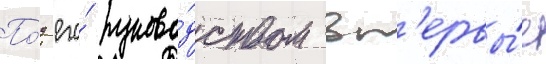
По́д его́ руково́дством вп'ервы́е